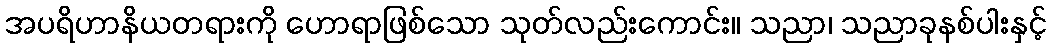
အပရိဟာနိယတရားကို ဟောရာဖြစ်သော သုတ်လည်းကောင်း။ သညာ၊ သညာခုနစ်ပါးနှင့်